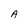
Character: A